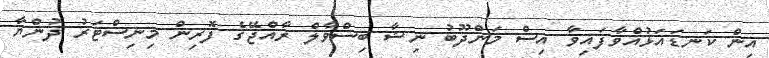
އިން ކަނޑައަޅުއްވާފައިވާ އިސް މަންދޫބު ނިޝާ ބިސްވާލް ރާއްޖޭގެ ފޮރިން މިނިސްޓަރު ދުންޔާ